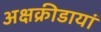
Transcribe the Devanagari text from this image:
अक्षक्रीडायां